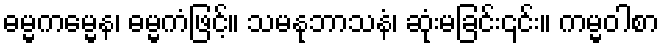
ဓမ္မကမ္မေန၊ ဓမ္မကံဖြင့်။ သမနုဘာသနံ၊ ဆုံးမခြင်း၎င်း။ ကမ္မဝါစာ